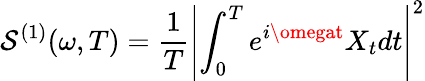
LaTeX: \mathcal{S}^{(1)}(\omega,T)={\frac{{1}}{{T}}}\left|\int_{0}^{T}e^{i\omegat}X_{t}dt\right|^{2}